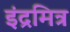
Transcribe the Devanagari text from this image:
इंद्रमित्र